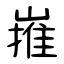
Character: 嶊